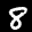
Label: 8